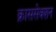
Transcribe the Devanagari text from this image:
क्राससेक्शन